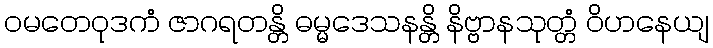
ဝမတေဝုဒကံ ဇာဂရတန္တိ ဓမ္မဒေသနန္တိ နိဗ္ဗာနသုတ္တံ ဝိဟနေယျ